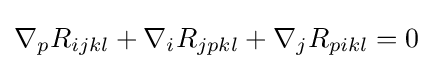
\nabla _{p}R_{ijkl}+\nabla _{i}R_{jpkl}+\nabla _{j}R_{pikl}=0